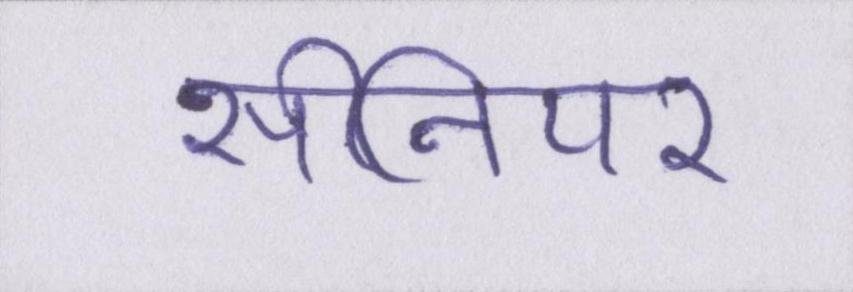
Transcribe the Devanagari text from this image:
सीनियर